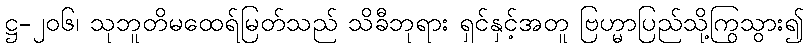
ဋ္ဌ-၂၀၆၊ သုဘူတိမထေရ်မြတ်သည် သိခီဘုရား ရှင်နှင့်အတူ ဗြဟ္မာပြည်သို့ကြွသွား၍